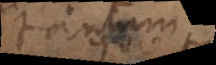
tantum